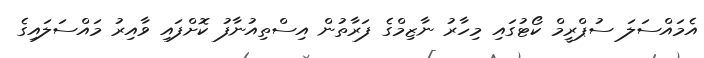
އެމައްސަލަ ސުޕްރީމް ކޯޓުގައި މިހާރު ނާޒިމްގެ ފަރާތުން އިސްތިއުނާފު ކޮށްފައި ވާއިރު މައްސަލައިގެ